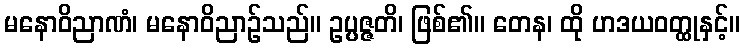
မနောဝိညာဏံ၊ မနောဝိညာဉ်သည်။ ဥပ္ပဇ္ဇတိ၊ ဖြစ်၏။ တေန၊ ထို ဟဒယဝတ္ထုနှင့်။